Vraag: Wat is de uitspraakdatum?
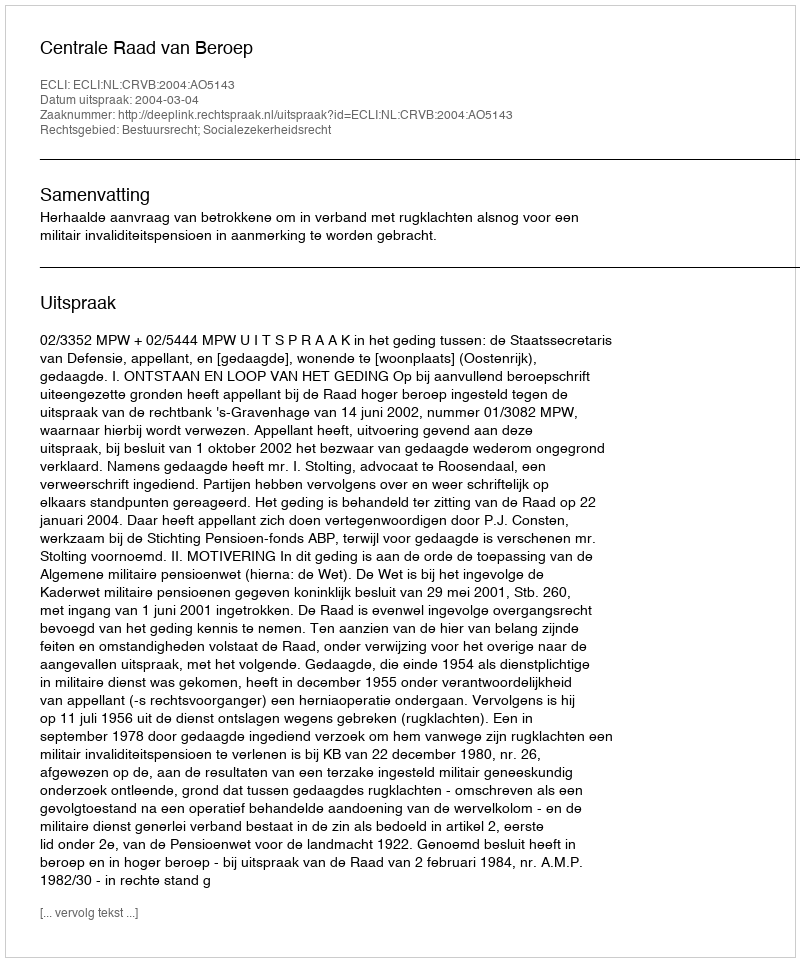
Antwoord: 2004-03-04